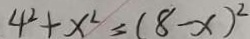
4 ^ { 2 } + x ^ { 2 } = ( 8 - x ) ^ { 2 }